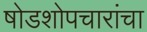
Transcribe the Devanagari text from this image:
षोडशोपचारांचा